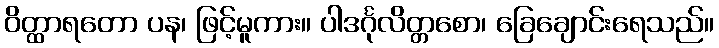
ဝိတ္ထာရတော ပန၊ ဖြင့်မူကား။ ပါဒင်္ဂုလိတ္တစော၊ ခြေချောင်းရေသည်။